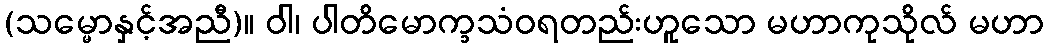
(သမ္မောနှင့်အညီ)။ ဝါ၊ ပါတိမောက္ခသံဝရတည်းဟူသော မဟာကုသိုလ် မဟာ